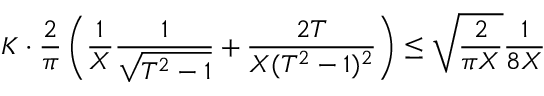
K \cdot \frac { 2 } { \pi } \left( \frac { 1 } { X } \frac { 1 } { \sqrt { T ^ { 2 } - 1 } } + \frac { 2 T } { X ( T ^ { 2 } - 1 ) ^ { 2 } } \right) \le \sqrt { \frac { 2 } { \pi X } } \frac { 1 } { 8 X }